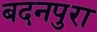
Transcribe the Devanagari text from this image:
बदनपुरा